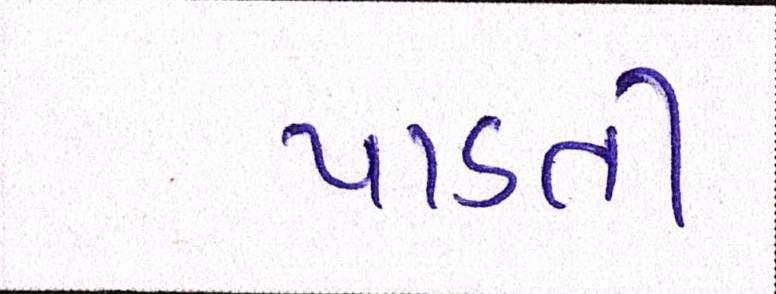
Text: પાડતી